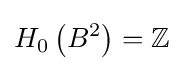
H_{0}\left(B^{2}\right)=\mathbb {Z}